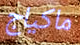
ماكياج